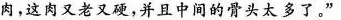
肉，这肉又老又硬，并且中间的骨头太多了。”